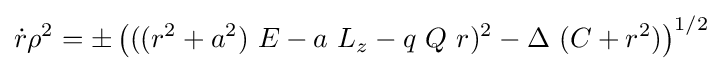
{\dot {r}}\rho ^{2}=\pm \left(((r^{2}+a^{2})\ E-a\ L_{z}-q\ Q\ r)^{2}-\Delta \ (C+r^{2})\right)^{1/2}